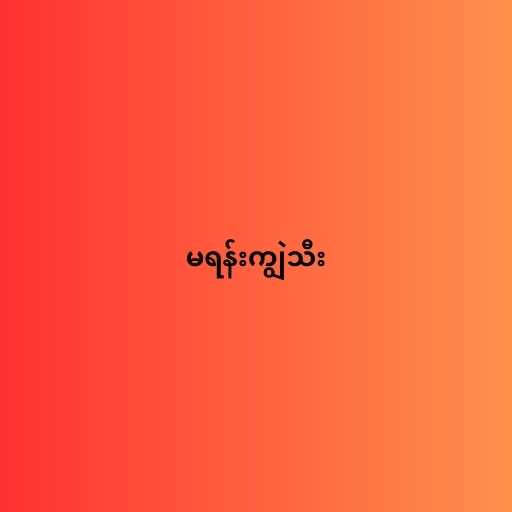
မရန်းကျွဲသီး